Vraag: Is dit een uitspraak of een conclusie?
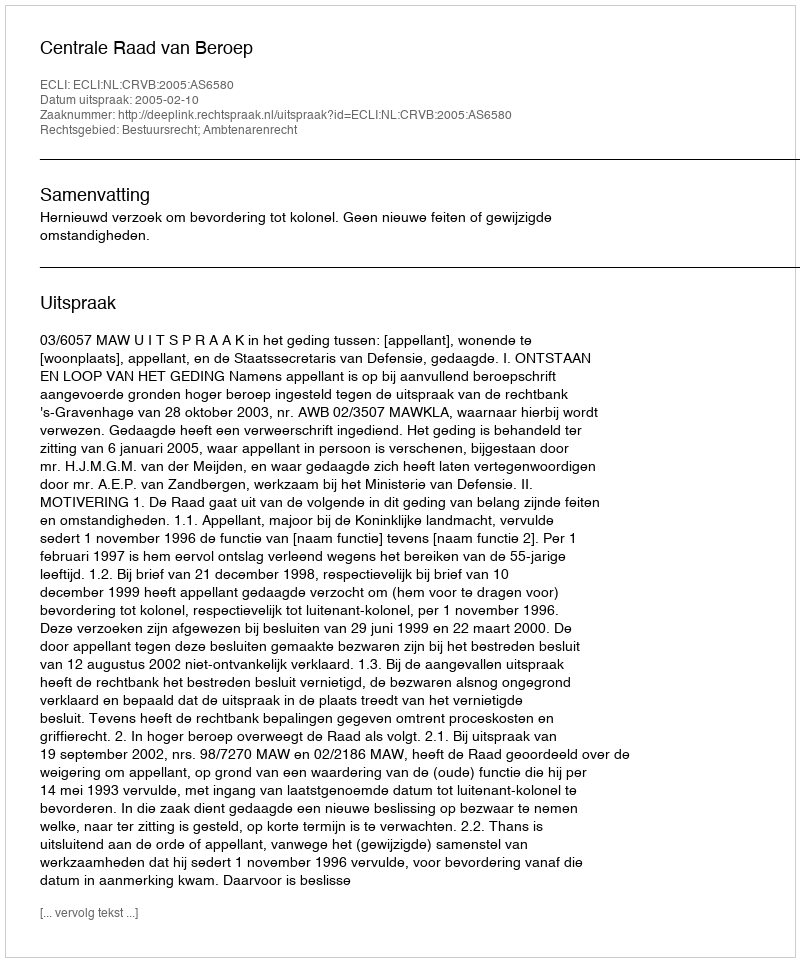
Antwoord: Uitspraak